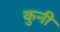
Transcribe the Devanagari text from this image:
कुनी